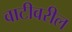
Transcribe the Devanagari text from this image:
वाटीवरील